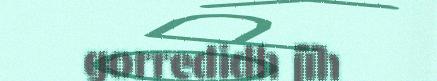
gorredidh jïh